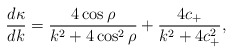
\begin{align*}\frac{d\kappa}{dk} = \frac{4\cos\rho}{ k^2+4\cos^2\rho} +\frac{4c_+}{ k^2+4c_+^2},\end{align*}